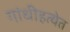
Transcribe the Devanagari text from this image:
गांधीहत्येत